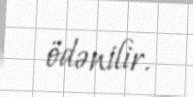
ödənilir.